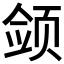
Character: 𱂫